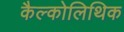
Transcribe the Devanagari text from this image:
कैल्कोलिथिक